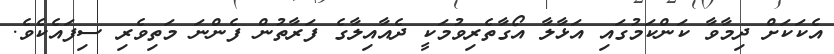
އެކަކަށް ދިމާވާ ކަންކަމުގައި އަޅާލާ އޯގާތެރިވުމަކީ ދެއާއިލާގެ ފަރާތުން ފެންނަ މަތިވެރި ސިފައެކެވެ.